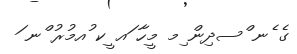
ގެ ެނ ްސދިން ިމ މީހާ ައ ީކ ުއމުރު ްނ ަ